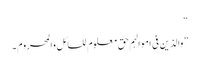
“
”والذین فی اموالہم حق معلوم للسائل والمحروم۔